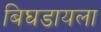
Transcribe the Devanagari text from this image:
बिघडायला